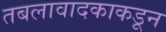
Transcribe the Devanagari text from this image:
तबलावादकाकडून